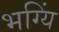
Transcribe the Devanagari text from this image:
भग्यिं